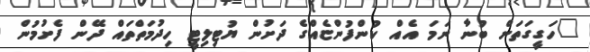
"ހަގީގަތަށް ބުނާ ނަމަ އެއް ކުންފުންޏެއްގެ ދަށުން ޔުޓިލިޓީ ހިދުމަތްތައް ދޭން ފެށުމުން